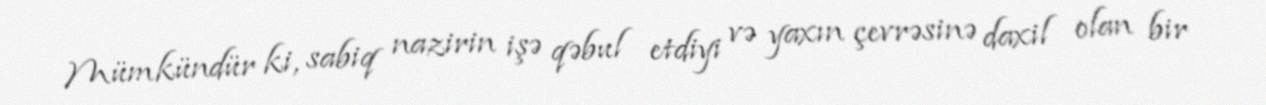
Mümkündür ki, sabiq nazirin işə qəbul etdiyi və yaxın çevrəsinə daxil olan bir